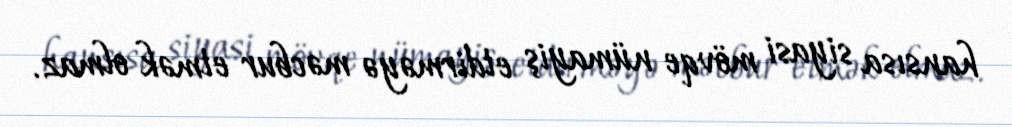
hansısa siyasi mövqe nümayiş etdirməyə məcbur etmək olmaz.